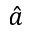
\hat { a }